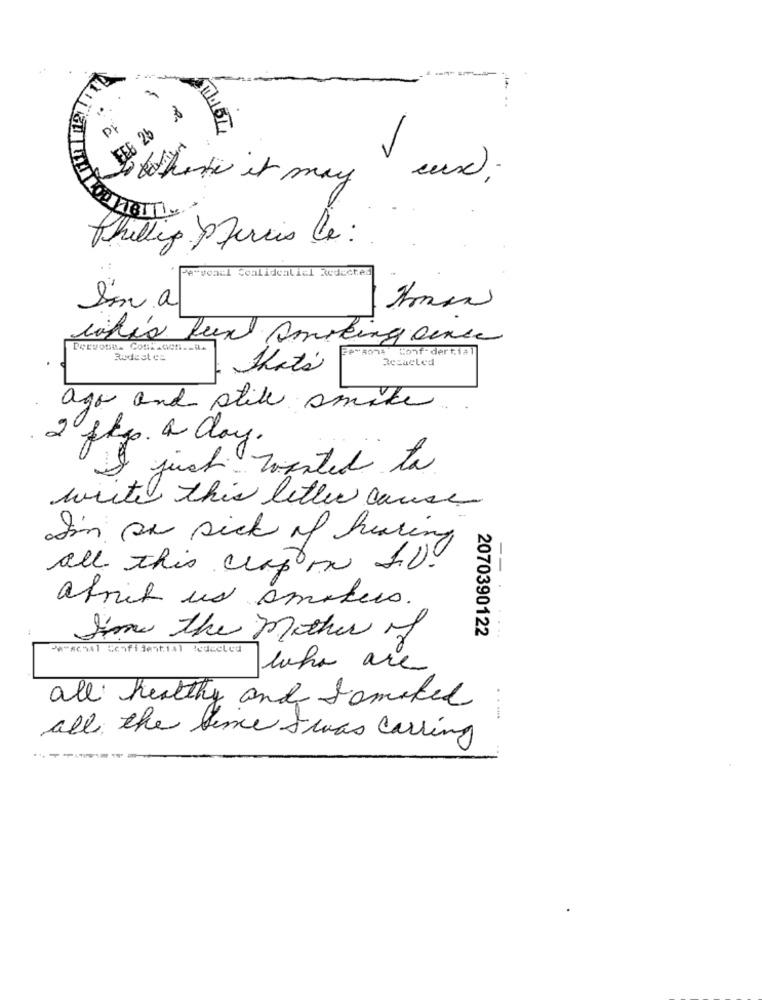
6 25
ifthere it may eux ;
Phillip Pfercis le :
"e"vonal Coalidealiel Redacted
Sin a
inhis Real Smoking since
Conf-dertial
Radaet ca.
Resacted
Thats
ago and stile smike
2 fky. a day.
I just wanted to
write this letter cause
I'm so sick of hearing
-
all this crap on I.D.
afrit us smokers.
2070390122
Sme the Mother of
-w-schal Confidential ledeeled
loha are
all healthy and somoked
all the Since I was carring